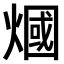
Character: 𤎍